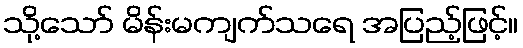
သို့သော် မိန်းမကျက်သရေ အပြည့်ဖြင့်။